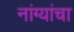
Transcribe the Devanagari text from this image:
नांग्यांचा